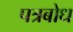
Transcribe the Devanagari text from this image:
पत्रबोध